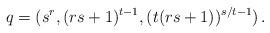
LaTeX: \begin{align*}q=(s^r,(rs+1)^{t-1},(t(rs+1))^{s/t-1}) \, .\end{align*}